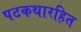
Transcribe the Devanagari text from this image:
पटकथारहित